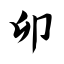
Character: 卯